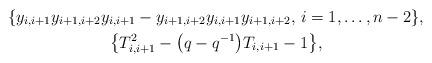
LaTeX: \begin{gather*}\{y_{i,i+1} y_{i+1,i+2} y_{i,i+1}-y_{i+1,i+2} y_{i,i+1} y_{i+1,i+2},\, i=1,\ldots,n-2 \}, \\\big\{T_{i,i+1}^2-\big(q-q^{-1}\big) T_{i,i+1}-1 \big\},\end{gather*}